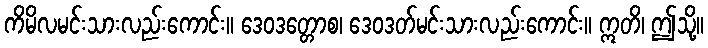
ကိမိလမင်းသားလည်းကောင်း။ ဒေဝဒတ္တောစ၊ ဒေဝဒတ်မင်းသားလည်းကောင်း။ ဣတိ၊ ဤသို့။